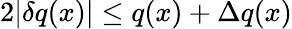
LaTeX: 2|\delta q(x)|\leq q(x)+\Delta q(x)